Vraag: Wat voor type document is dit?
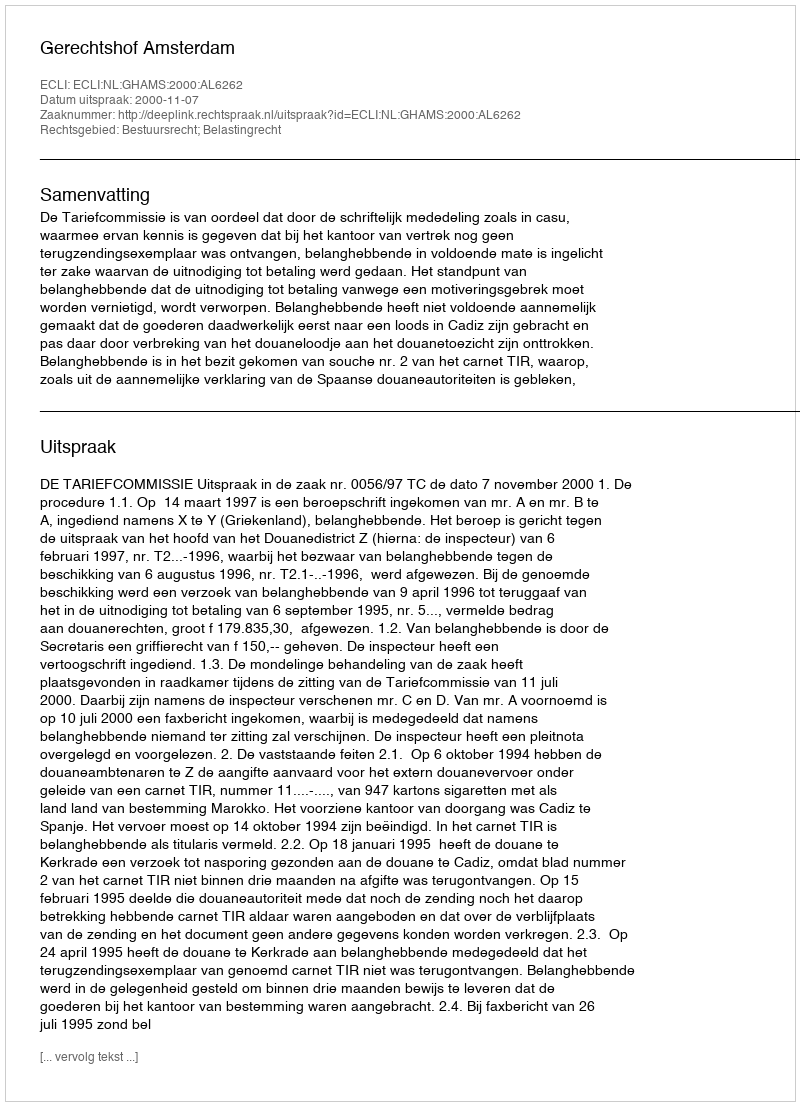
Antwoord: Uitspraak